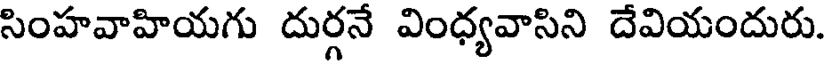
సింహవాహియగు దుర్గనే వింధ్యవాసిని దేవియందురు.